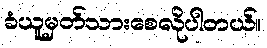
ခံယူမှတ်သားစေလိုပါတယ်။